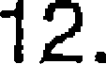
12.